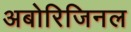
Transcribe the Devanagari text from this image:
अबोरिजिनल